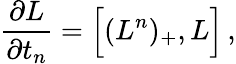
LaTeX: {\frac{\partial{L}}{\partial t_{n}}}=\Big[({L}^{n})_{+},{L}\Big]\, ,